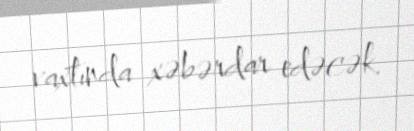
vaxtında xəbərdar edəcək.